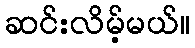
ဆင်းလိမ့်မယ်။